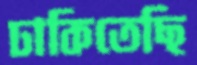
ঢাকিতেছি